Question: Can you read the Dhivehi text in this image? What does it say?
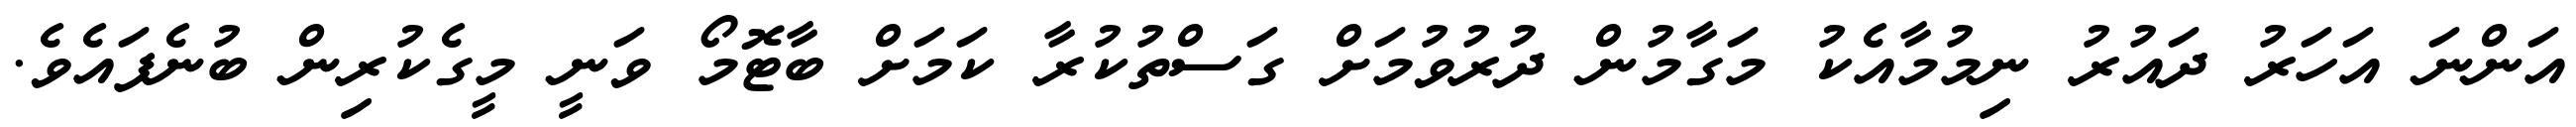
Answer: އަންނަ އަހަރު ދައުރު ނިމުމާއެކު މަގާމުން ދުރުވުމަށް ގަސްތުކުރާ ކަމަށް ބާޓޮމޯ ވަނީ މީގެކުރިން ބުނެފައެވެ.